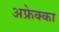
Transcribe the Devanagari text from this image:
अफ्रेक्का